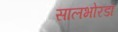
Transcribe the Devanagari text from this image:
सालभोरडा